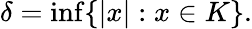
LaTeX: \delta=\operatorname*{inf}\{ |x|:x\in K\} .